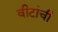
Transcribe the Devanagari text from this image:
वीटांची